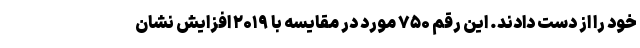
خود را از دست دادند. این رقم ۷۵۰ مورد در مقایسه با ۲۰۱۹ افزایش نشان